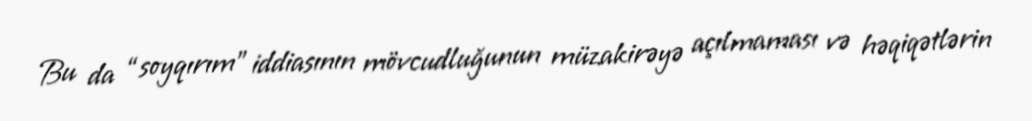
Bu da “soyqırım” iddiasının mövcudluğunun müzakirəyə açılmaması və həqiqətlərin